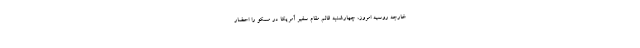
خارجه روسیه امروز، چهارشنبه قائم مقام سفیر آمریکا در مسکو را احضار